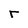
Character: r